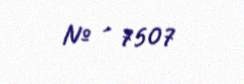
№ - 7507